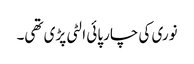
نوری کی چارپائی الٹی پڑی تھی۔